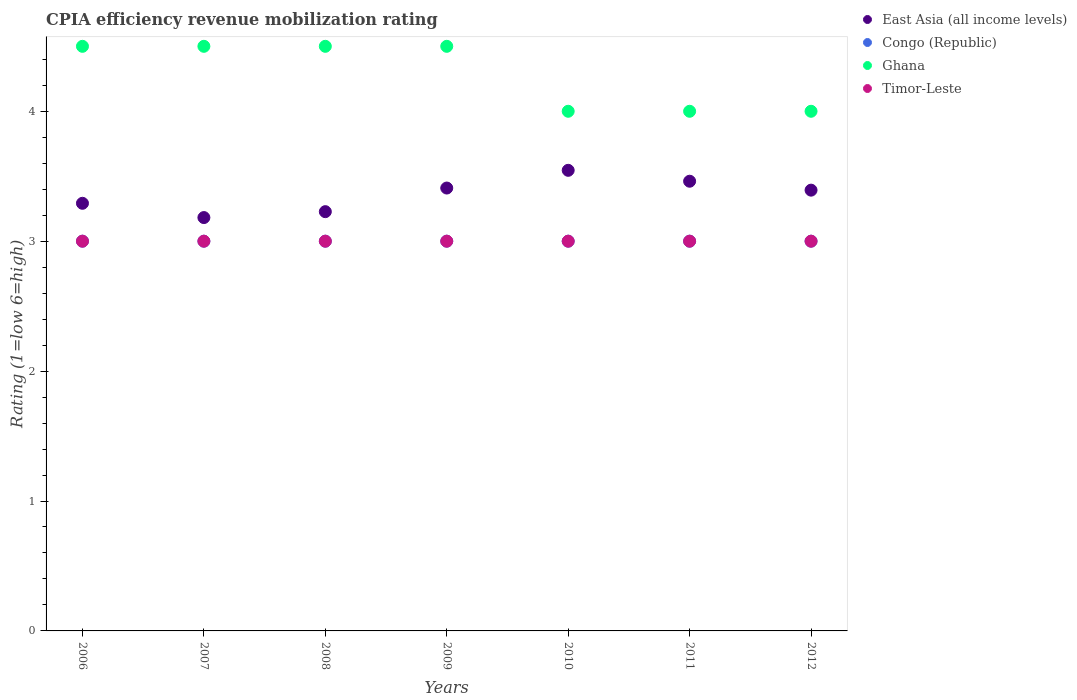
| Years | East Asia (all income levels) | Congo (Republic) | Ghana | Timor-Leste |
 | --- | --- | --- | --- | --- |
 | 2006 | 3.29 | 3 | 4.5 | 3 |
 | 2007 | 3.18 | 3 | 4.5 | 3 |
 | 2008 | 3.23 | 3 | 4.5 | 3 |
 | 2009 | 3.41 | 3 | 4.5 | 3 |
 | 2010 | 3.55 | 3 | 4 | 3 |
 | 2011 | 3.46 | 3 | 4 | 3 |
 | 2012 | 3.39 | 3 | 4 | 3 |